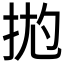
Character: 𱟶